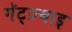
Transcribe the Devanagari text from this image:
गॅट्ज़्बाइ